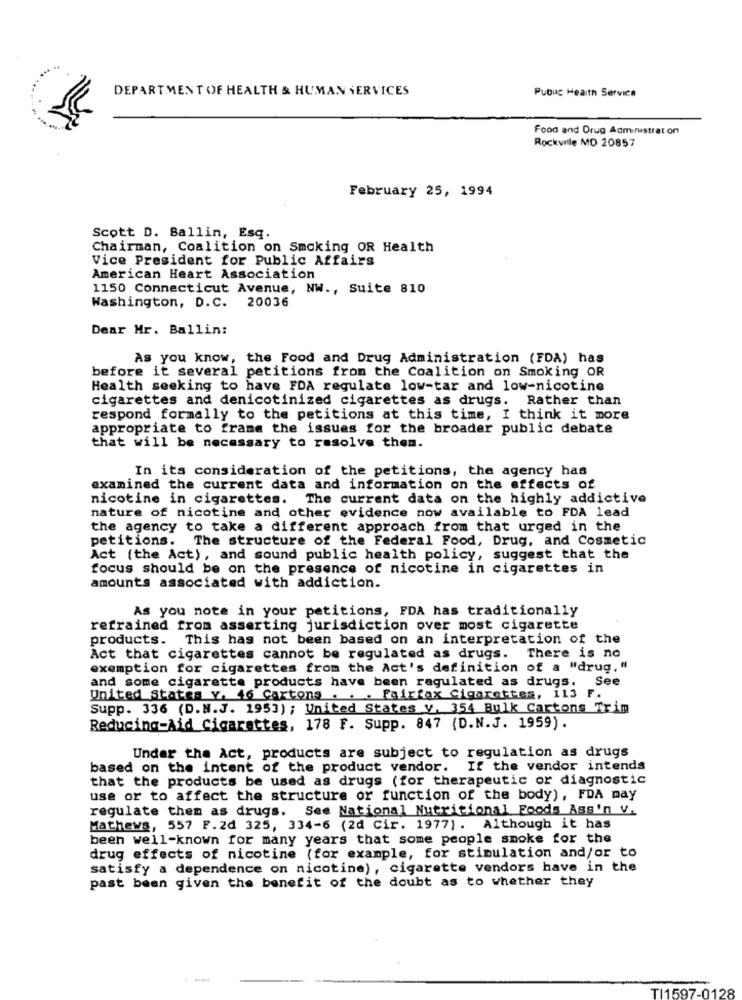
DEPARTMENT OF HEALTH & HUMAN SERVICES
Pubuc Health Service
Food and Drug Administration
Rockville MD 20857
February 25, 1994
Scott D. Ballin, Esq.
Chairman, Coalition on Smoking OR Health
Vice President for Public Affairs
American Heart Association
1150 Connecticut Avenue, NW ., Suite 810
Washington, D.C. 20036
Dear Mr. Ballin:
As you know, the Food and Drug Administration (FDA) has
before it several petitions from the Coalition on Smoking OR
Health seeking to have FDA regulate low-tar and low-nicotine
cigarettes and denicotinized cigarettes as drugs. Rather than
respond formally to the petitions at this time, I think it more
appropriate to frame the issues for the broader public debate
that will be necessary to resolve them.
In its consideration of the petitions, the agency has
examined the current data and information on the effects of
nicotine in cigarettes. The current data on the highly addictive
nature of nicotine and other evidence now available to FDA lead
the agency to take a different approach from that urged in the
petitions. The structure of the Federal Food, Drug, and Cosmetic
Act (the Act), and sound public health policy, suggest that the
focus should be on the presence of nicotine in cigarettes in
amounts associated with addiction.
As you note in your petitions, FDA has traditionally
refrained from asserting jurisdiction over most cigarette
products. This has not been based on an interpretation of the
Act that cigarettes cannot be regulated as drugs. There is no
exemption for cigarettes from the Act's definition of a "drug."
and some cigarette products have been regulated as drugs. See
United States v. 46 Cartons . . . Fairfax Cigarettes, 113 F.
Supp. 336 (D.N.J. 1953); United States v. 354 Bulk Cartons Trim
Reducing-Aid Cigarettes, 178 F. Supp. 847 (D.N.J. 1959).
Under the Act, products are subject to regulation as drugs
based on the intent of the product vendor.
If the vendor intends
that the products be used as drugs (for therapeutic or diagnostic
use or to affect the structure or function of the body), FDA may
regulate them as drugs. See National Nutritional Foods Ass'n V.
Mathews, 557 F. 2d 325, 334-6 (2d Cir. 1977) . Although it has
been well-known for many years that some people smoke for the
drug effects of nicotine (for example, for stimulation and/or to
satisfy a dependence on nicotine), cigarette vendors have in the
past been given the benefit of the doubt as to whether they
.-....
TI1597-0128